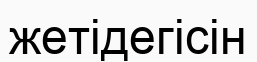
жетідегісін